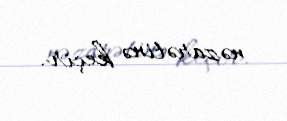
nəzarətinə keçir.